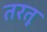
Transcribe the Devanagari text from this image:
तरतू